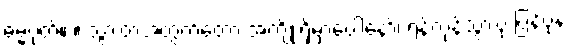
ဓမ္မဂုတ်။ ။ သွားတဲ့အတွက်တော့ အကျိုးရှိမှာပေါ့နော်၊ ရန်ကုန်သွားပုံ ပြန်ပုံနဲ့